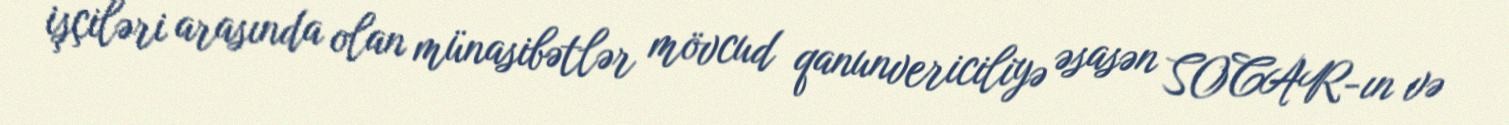
işçiləri arasında olan münasibətlər mövcud qanunvericiliyə əsasən SOCAR-ın və